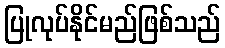
ပြုလုပ်နိုင်မည်ဖြစ်သည်